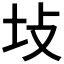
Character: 𪢺